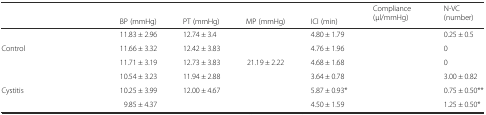
<table><thead><tr><td>[EMPTY_CELL]</td><td>[EMPTY_CELL]</td><td>[EMPTY_CELL]</td><td>[EMPTY_CELL]</td><td>[EMPTY_CELL]</td><td>[EMPTY_CELL]</td><td rowspan="2"><b>Compliance (μl/mmHg)</b></td><td rowspan="2"><b>N-VC (number)</b></td></tr><tr><td>[EMPTY_CELL]</td><td>[EMPTY_CELL]</td><td><b>BP (mmHg)</b></td><td><b>PT (mmHg)</b></td><td><b>MP (mmHg)</b></td><td><b>ICI (min)</b></td></tr></thead><tbody><tr><td>[EMPTY_CELL]</td><td>[EMPTY_CELL]</td><td>11.83 ± 2.96</td><td>12.74 ± 3.4</td><td>[EMPTY_CELL]</td><td>4.80 ± 1.79</td><td>[EMPTY_CELL]</td><td>0.25 ± 0.5</td></tr><tr><td>Control</td><td>[EMPTY_CELL]</td><td>11.66 ± 3.32</td><td>12.42 ± 3.83</td><td>[EMPTY_CELL]</td><td>4.76 ± 1.96</td><td>[EMPTY_CELL]</td><td>0</td></tr><tr><td>[EMPTY_CELL]</td><td>[EMPTY_CELL]</td><td>11.71 ± 3.19</td><td>12.73 ± 3.83</td><td>21.19 ± 2.22</td><td>4.68 ± 1.68</td><td>[EMPTY_CELL]</td><td>0</td></tr><tr><td>[EMPTY_CELL]</td><td>[EMPTY_CELL]</td><td>10.54 ± 3.23</td><td>11.94 ± 2.88</td><td>[EMPTY_CELL]</td><td>3.64 ± 0.78</td><td>[EMPTY_CELL]</td><td>3.00 ± 0.82</td></tr><tr><td>Cystitis</td><td>[EMPTY_CELL]</td><td>10.25 ± 3.99</td><td>12.00 ± 4.67</td><td>[EMPTY_CELL]</td><td>5.87 ± 0.93*</td><td>[EMPTY_CELL]</td><td>0.75 ± 0.50**</td></tr><tr><td>[EMPTY_CELL]</td><td>[EMPTY_CELL]</td><td>9.85 ± 4.37</td><td>[EMPTY_CELL]</td><td>[EMPTY_CELL]</td><td>4.50 ± 1.59</td><td>[EMPTY_CELL]</td><td>1.25 ± 0.50*</td></tr></tbody></table>